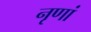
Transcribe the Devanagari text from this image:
नृणां